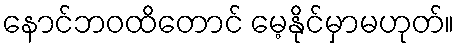
နောင်ဘဝထိတောင် မေ့နိုင်မှာမဟုတ်။